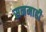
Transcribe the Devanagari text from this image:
सनमाही